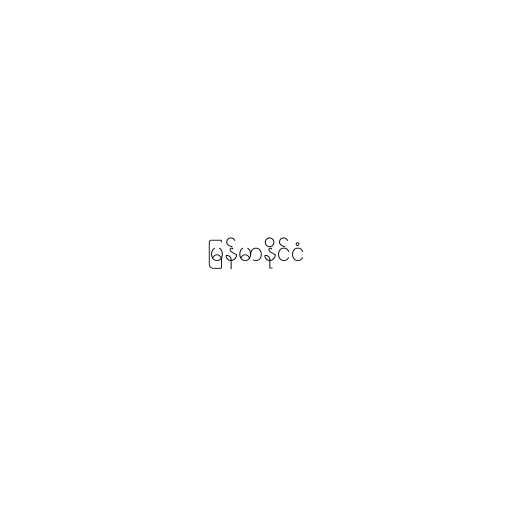
မြန်မာနိုင်ငံ